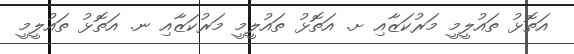
އަތޮޅު ތައުލީމީ މަރުކަޒާއި ށ. އަތޮޅު ތައުލީމީ މަރުކަޒާއި ނ. އަތޮޅު ތައުލީމީ